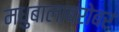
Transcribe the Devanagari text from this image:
मधुबालाबरोबर